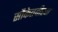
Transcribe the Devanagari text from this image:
सौकेतवीहन